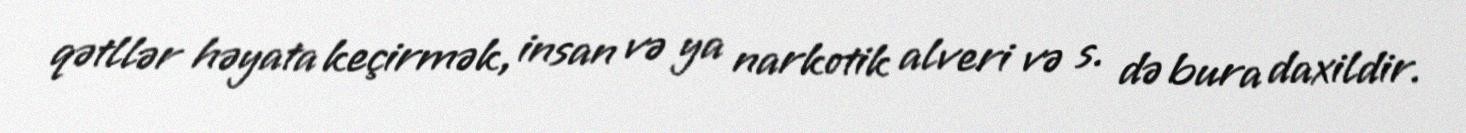
qətllər həyata keçirmək, insan və ya narkotik alveri və s. də bura daxildir.